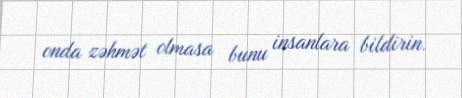
onda zəhmət olmasa bunu insanlara bildirin.